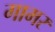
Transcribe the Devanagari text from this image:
गामर